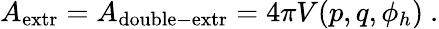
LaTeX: A_{\mathrm{extr}}=A_{\mathrm{double-extr}}=4\pi V(p,q,\phi_{h})\ .